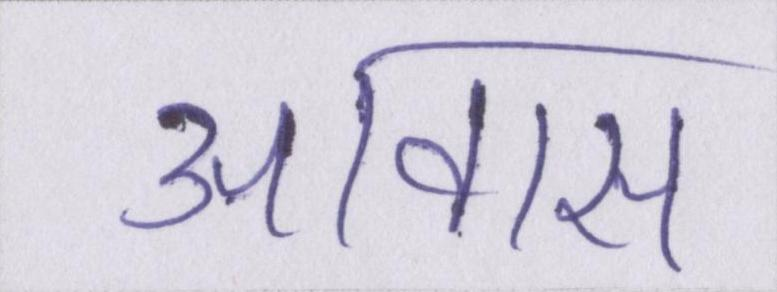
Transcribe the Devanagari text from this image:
आवास